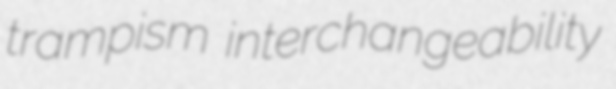
trampism interchangeability